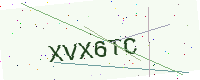
Text: XVX6TC